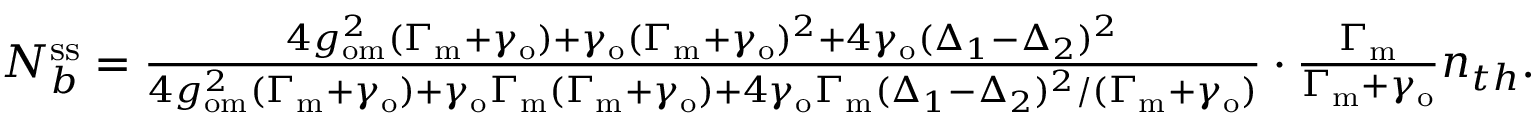
\begin{array} { r } { N _ { b } ^ { \mathrm { s s } } = \frac { 4 g _ { \mathrm { o m } } ^ { 2 } ( \Gamma _ { \mathrm { m } } + \gamma _ { \mathrm { o } } ) + \gamma _ { \mathrm { o } } ( \Gamma _ { \mathrm { m } } + \gamma _ { \mathrm { o } } ) ^ { 2 } + 4 \gamma _ { \mathrm { o } } ( \Delta _ { 1 } - \Delta _ { 2 } ) ^ { 2 } } { 4 g _ { \mathrm { o m } } ^ { 2 } ( \Gamma _ { \mathrm { m } } + \gamma _ { \mathrm { o } } ) + \gamma _ { \mathrm { o } } \Gamma _ { \mathrm { m } } ( \Gamma _ { \mathrm { m } } + \gamma _ { \mathrm { o } } ) + 4 \gamma _ { \mathrm { o } } \Gamma _ { \mathrm { m } } ( \Delta _ { 1 } - \Delta _ { 2 } ) ^ { 2 } / ( \Gamma _ { \mathrm { m } } + \gamma _ { \mathrm { o } } ) } \cdot \frac { \Gamma _ { \mathrm { m } } } { \Gamma _ { \mathrm { m } } + \gamma _ { \mathrm { o } } } n _ { t h } . } \end{array}